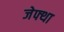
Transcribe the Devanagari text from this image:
जेफ्था